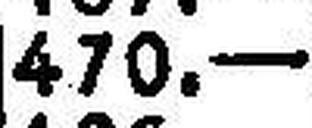
470.—